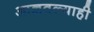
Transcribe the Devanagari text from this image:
आज्ञवल्याही